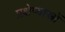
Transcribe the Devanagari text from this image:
प्रक्षेप्यास्त्रों